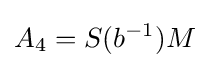
\displaystyle A_{4}=S(b^{-1})M